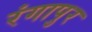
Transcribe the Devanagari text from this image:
रंगापुर